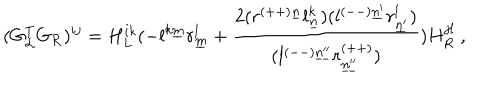
( G _ { { \cal L } } ^ { T } G _ { { \cal R } } ) ^ { i j } = H _ { L } ^ { i k } ( - l ^ { k \underline { { { m } } } } r _ { \underline { { { m } } } } ^ { l } + { \frac { 2 ( r ^ { ( + + ) \underline { { { n } } } } l _ { \underline { { { n } } } } ^ { k } ) ( l ^ { ( -- ) \underline { { { n ^ { \prime } } } } } r _ { \underline { { { n ^ { \prime } } } } } ^ { l } ) } { ( l ^ { ( -- ) \underline { { { n ^ { \prime \prime } } } } } r _ { \underline { { { n ^ { \prime \prime } } } } } ^ { ( + + ) } ) } } ) H _ { R } ^ { j l } ~ ,